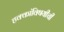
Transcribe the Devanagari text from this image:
हक्कांविषयीची